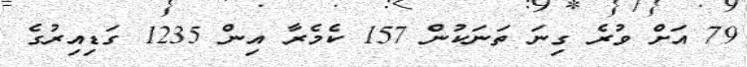
79 އަށް ވުރެ ގިނަ ތަނަކުން 157 ކެމެރާ އިން 1235 ގަޑިއިރުގެ